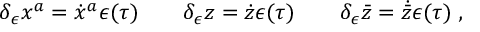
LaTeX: \delta _ { \epsilon } x ^ { a } = \dot { x } ^ { a } \epsilon ( \tau ) \qquad \delta _ { \epsilon } z = \dot { z } \epsilon ( \tau ) \qquad \delta _ { \epsilon } \bar { z } = \dot { \bar { z } } \epsilon ( \tau ) \; ,